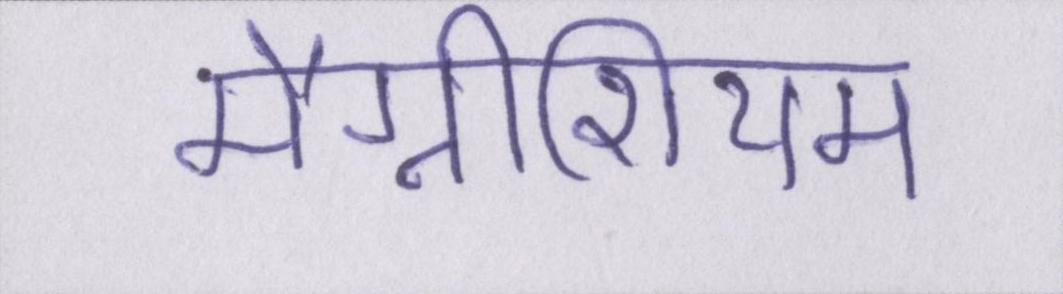
मैग्नीशियम